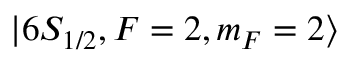
\lvert 6 S _ { 1 / 2 } , F = 2 , m _ { F } = 2 \rangle